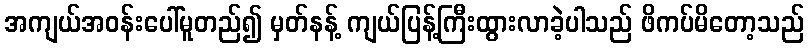
အကျယ်အဝန်းပေါ်မူတည်၍ မှတ်နန့် ကျယ်ပြန့်ကြီးထွားလာခဲ့ပါသည် ဖိကပ်မိတော့သည်